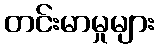
တင်းမာမှုများ